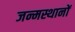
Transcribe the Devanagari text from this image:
जन्मस्थानों